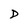
Character: D